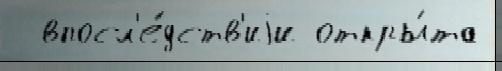
  впосл'е́дств'иjи откры́та